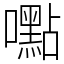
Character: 嚸